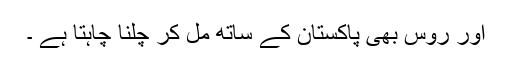
اور روس بھی پاکستان کے ساتھ مل کر چلنا چاہتا ہے ۔